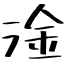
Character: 淦